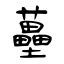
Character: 蘲